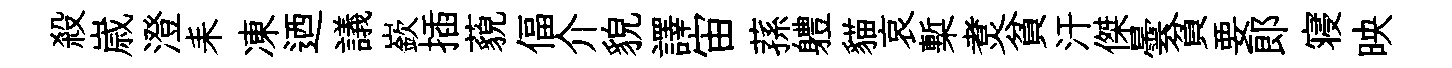
殺𡻕澄耒凍迺議嶔插藐偪介貌譯宙蓀軆貓哀槧煑貧汗傑曇貧要郎寝映